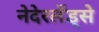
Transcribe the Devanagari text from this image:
नेदेरलँड्से